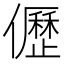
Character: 儮